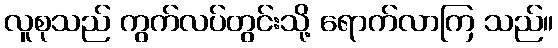
လူစုသည် ကွက်လပ်တွင်းသို့ ရောက်လာကြ သည်။